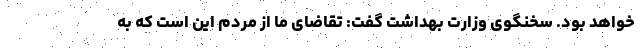
خواهد بود. سخنگوی وزارت بهداشت گفت: تقاضای ما از مردم این است که به